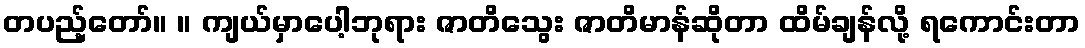
တပည့်တော်။ ။ ကျယ်မှာပေါ့ဘုရား ဇာတိသွေး ဇာတိမာန်ဆိုတာ ထိမ်ချန်လို့ ရကောင်းတာ